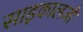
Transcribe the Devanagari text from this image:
साइकालजी